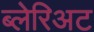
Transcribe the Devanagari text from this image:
ब्लेरिअट